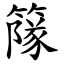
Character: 䉌